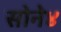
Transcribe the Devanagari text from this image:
सोने४